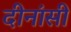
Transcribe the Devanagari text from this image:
दीनांसी